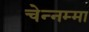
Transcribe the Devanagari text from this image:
चेन्‍नम्‍मा